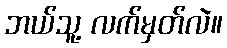
ဘယ်သူ့ လက်မှတ်လဲ။